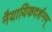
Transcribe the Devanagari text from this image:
नैयायिकदर्शनम्